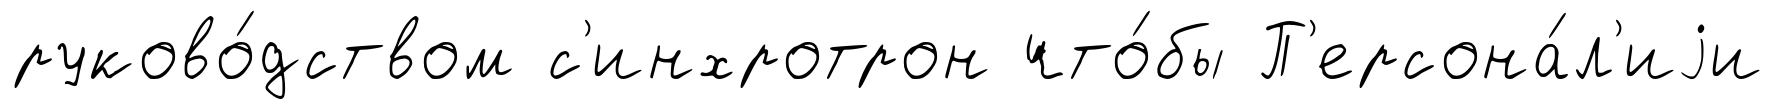
руково́дством с'инхротрон что́бы П'ерсона́л'иjи